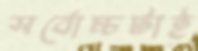
সর্বোচ্চটাই